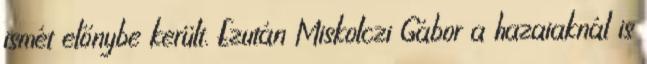
ismét előnybe került. Ezután Miskolczi Gábor a hazaiaknál is